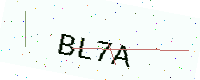
Text: BL7A